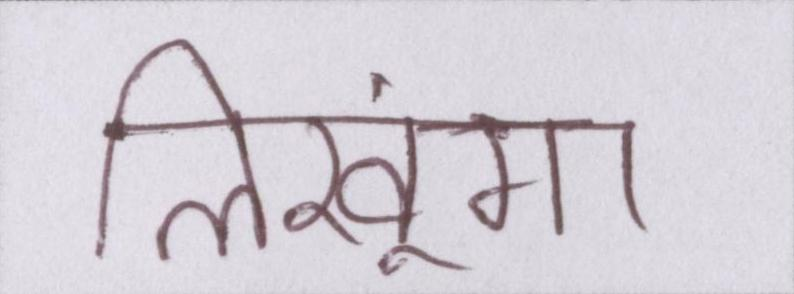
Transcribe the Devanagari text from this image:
लिखूंगा